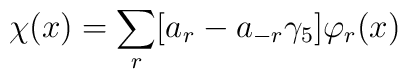
\chi(x) = \sum_{r}[a_{r} - a_{-r} \gamma_{5}]\varphi_{r}(x)